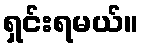
ရှင်းရမယ်။